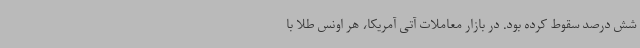
شش درصد سقوط کرده بود. در بازار معاملات آتی آمریکا، هر اونس طلا با